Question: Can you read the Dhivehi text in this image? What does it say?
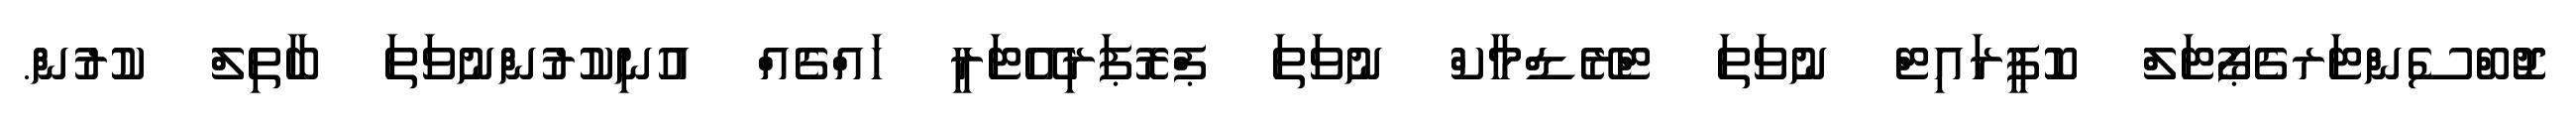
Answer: ޖޮބްސެންޓަރގެޕޯޓަލް ކޮޕީރައިޓް ނުވަތަ ޓްރޭޑްމާކް ނުވަތަ ޕްރޮޕަރިއޭޓަރީ ހައްޤެއް އުނިކުރުންނުވަތަ ބާތިލް ކުރުން.